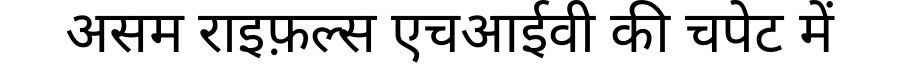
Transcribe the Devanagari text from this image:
असम राइफ़ल्स एचआईवी की चपेट में